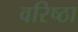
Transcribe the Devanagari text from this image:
वरिष्ठा